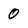
Character: 0